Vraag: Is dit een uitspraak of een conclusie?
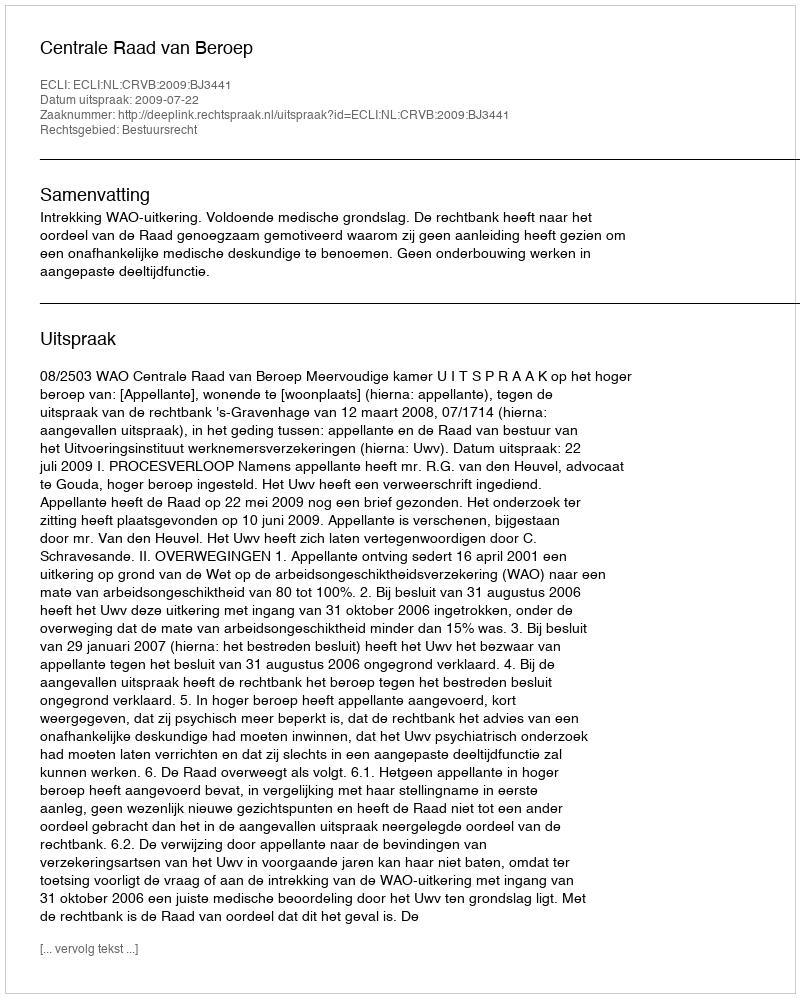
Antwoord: Uitspraak